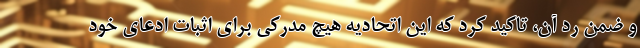
و ضمن رد آن، تاکید کرد که این اتحادیه هیچ مدرکی برای اثبات ادعای خود